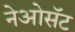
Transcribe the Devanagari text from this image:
नेओसॅट